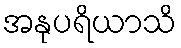
အနုပရိယာသိ